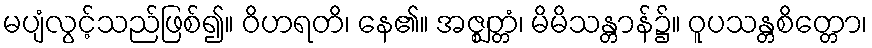
မပျံလွင့်သည်ဖြစ်၍။ ဝိဟရတိ၊ နေ၏။ အဇ္ဈတ္တံ၊ မိမိသန္တာန်၌။ ဝူပသန္တစိတ္တော၊